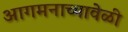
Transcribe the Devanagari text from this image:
आगमनाच्यावेळी